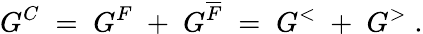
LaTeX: G^{C}\; =\; G^{F}\; +\; G^{\overline{{{F}}}}\; =\; G^{<}\; +\; G^{>}\; .